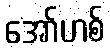
အော်ဟစ်